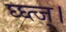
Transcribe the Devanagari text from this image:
घ्घ्त्ज्।